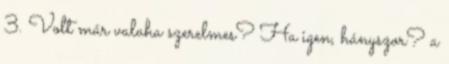
3. Volt már valaha szerelmes? Ha igen, hányszor? a